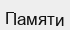
Памяти